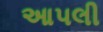
આપલી